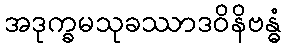
အဒုက္ခမသုခဿာဒဝိနိဗန္ဓံ